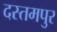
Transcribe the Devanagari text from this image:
दस्तमपुर